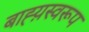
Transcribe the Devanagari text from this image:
बाह्य़स्वरूप